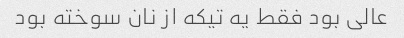
عالی بود فقط یه تیکه از نان سوخته بود